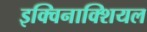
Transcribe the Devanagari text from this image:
इक्विनाक्शियल